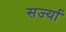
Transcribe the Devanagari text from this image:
सर्ज्या